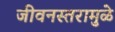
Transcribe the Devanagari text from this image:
जीवनस्तरामुळे